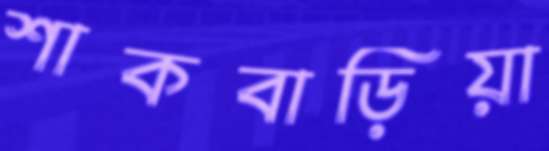
শাকবাড়িয়া